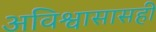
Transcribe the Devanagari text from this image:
अविश्वासासही